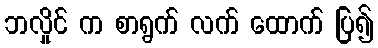
ဘလှိုင် က စာရွက် လက် ထောက် ပြ၍